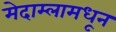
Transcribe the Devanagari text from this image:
मेदाम्लामधून